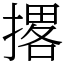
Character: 撂